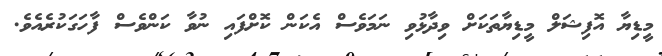
މީޑިޔާ އޮފިޝަލް މީޑިޔާތަކަށް ވިދާޅުވި ނަމަވެސް އެކަން ކޮށްފައި ނުވާ ކަންވެސް ފާހަގަކުރެއެވެ.